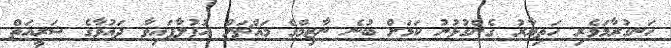
ހަނގުރާމަވެރި ހަތިޔާރު ގެންގުޅުނު ކަމަށް ބުނެ ނާޒިމްގެ މައްޗަށް އުފުލާފައިވާ ދައުވާގެ ޝަރީއަތް